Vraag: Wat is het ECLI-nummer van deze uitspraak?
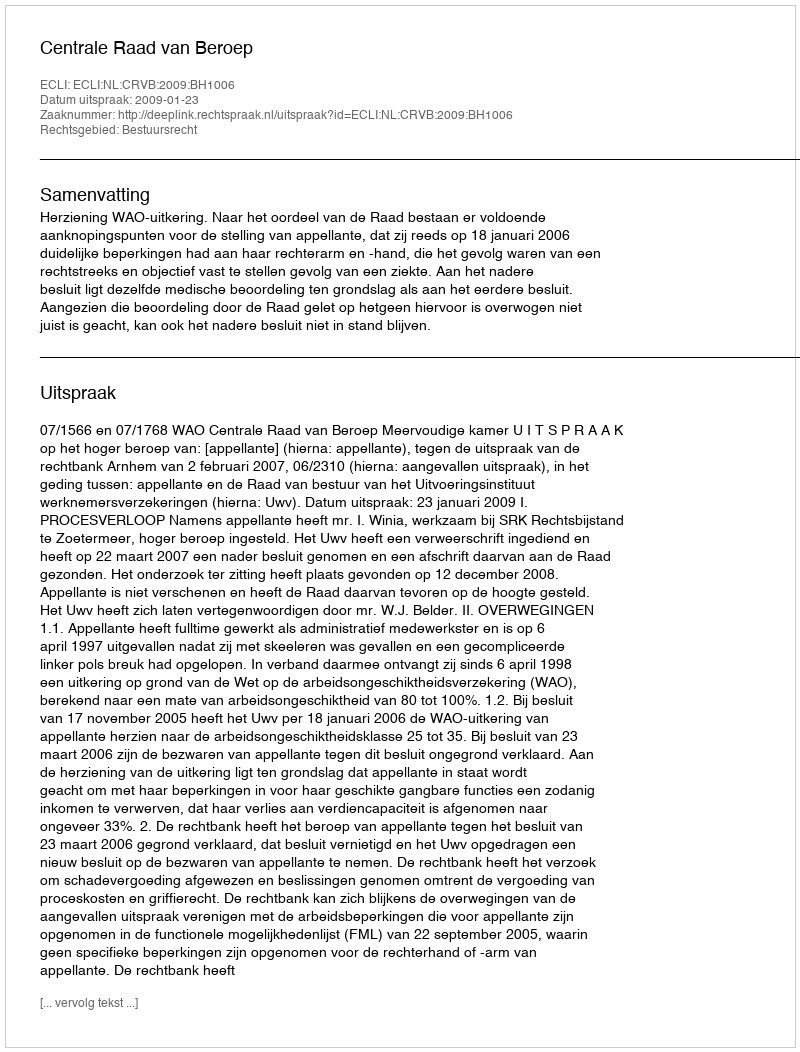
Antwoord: ECLI:NL:CRVB:2009:BH1006